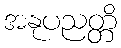
အနုပညတ္တိ